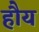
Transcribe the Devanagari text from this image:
हौय